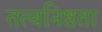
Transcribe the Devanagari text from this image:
तत्वनिष्ठता